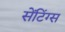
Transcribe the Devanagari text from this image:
सेंटिंग्स